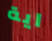
اية